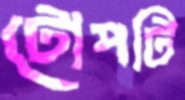
টোপটি